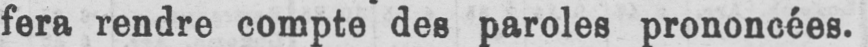
fera rendre compte des paroles prononcées.